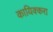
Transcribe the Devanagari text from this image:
कायिक्करा